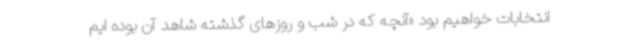
انتخابات خواهیم بود «آنچه که در شب و روزهای گذشته شاهد آن بوده ایم